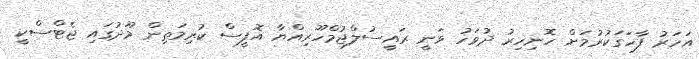
އަހަރު ފާހަގަކުރުމަށް ހޮނިހިރު ދުވަހު ވަނީ ރައީސުލްޖުމްހޫރިއްޔާ އޮފީސް ކުރިމަތިން މޫދުގައި ޖެޓްސްކީ